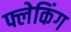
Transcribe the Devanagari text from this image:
फ्लेकिंग